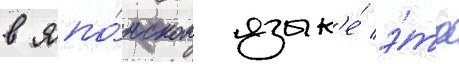
в япо́нском язык'е́ э́та